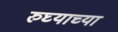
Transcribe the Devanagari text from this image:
रुघ्याच्या